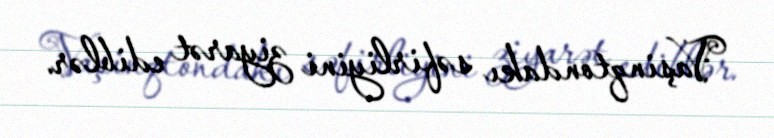
Vaşinqtondakı səfirliyini ziyarət ediblər.